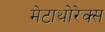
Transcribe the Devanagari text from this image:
मेटाथोरेक्स